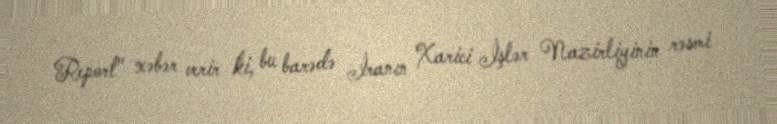
Report" xəbər verir ki, bu barədə İranın Xarici İşlər Nazirliyinin rəsmi